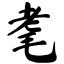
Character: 耄